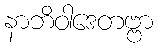
နာဘိဝါဒေတဗ္ဗာ